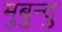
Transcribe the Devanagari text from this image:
मुबुन्दु